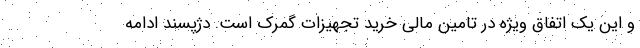
و این یک اتفاق ویژه در تامین مالی خرید تجهیزات گمرک است. دژپسند ادامه